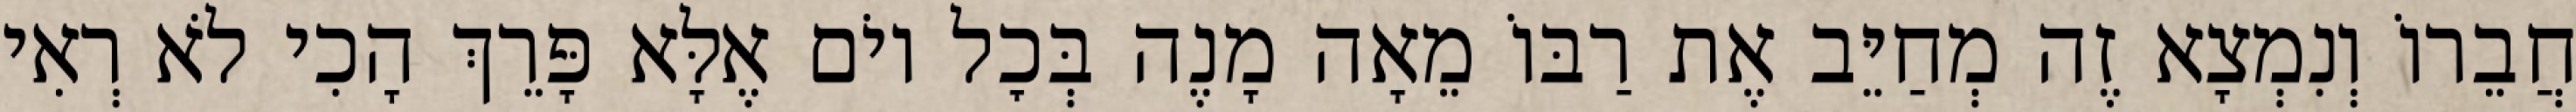
חֲבֵרוֹ וְנִמְצָא זֶה מְחַיֵּב אֶת רַבּוֹ מֵאָה מָנֶה בְּכׇל יוֹם אֶלָּא פָּרֵךְ הָכִי לֹא רְאִי